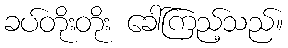
ခပ်တိုးတိုး ခေါ်ကြည့်သည်။